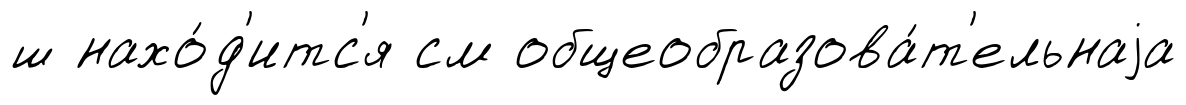
ш нахо́д'итс'я см общеобразова́т'ельнаjа